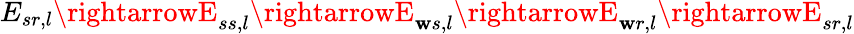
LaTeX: E_{sr,l}\rightarrowE_{ss,l}\rightarrowE_{\mathbf{w}s,l}\rightarrowE_{\mathbf{w}r,l}\rightarrowE_{sr,l}